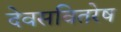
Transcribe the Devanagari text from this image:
देवसवितरेष